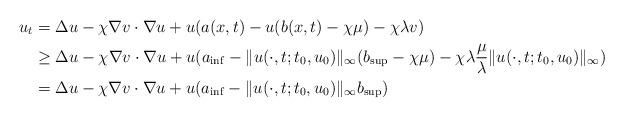
LaTeX: \begin{align*}u_t&=\Delta u -\chi\nabla v\cdot\nabla u +u(a(x,t)-u(b(x,t)-\chi\mu)-\chi\lambda v)\\&\ge \Delta u -\chi\nabla v\cdot\nabla u +u(a_{\inf}-\|u(\cdot,t;t_0,u_0)\|_\infty(b_{\sup}-\chi\mu)-\chi\lambda \frac{\mu}{\lambda}\|u(\cdot,t;t_0,u_0)\|_\infty)\\&=\Delta u -\chi\nabla v\cdot\nabla u +u(a_{\inf}-\|u(\cdot,t;t_0,u_0)\|_\infty b_{\sup})\end{align*}